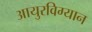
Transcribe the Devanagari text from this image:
आयुरविग्यान